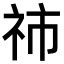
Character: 𥙅